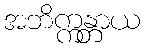
အဘိက္ကန္တာယ